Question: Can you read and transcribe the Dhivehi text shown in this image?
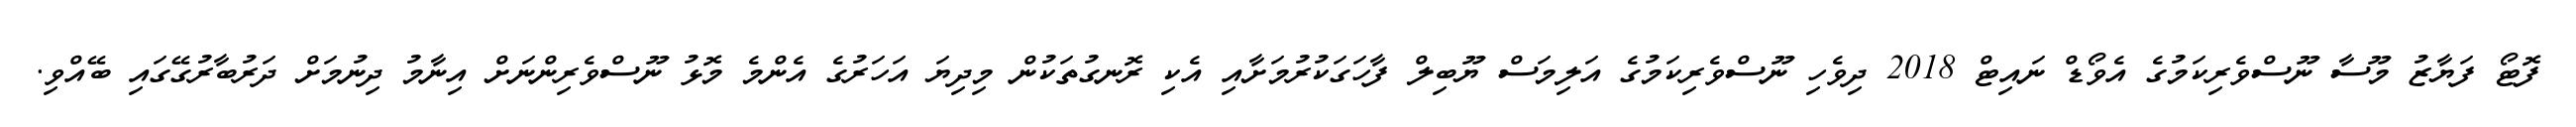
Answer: ފޮޓޯ ފަޔާޒު މޫސާ ނޫސްވެރިކަމުގެ އެވޯޑް ނައިޓް 2018 ދިވެހި ނޫސްވެރިކަމުގެ އަލިމަސް ޔޫބިލް ފާހަގަކުރުމަށާއި އެކި ރޮނގުތަކުން މިދިޔަ އަހަރުގެ އެންމެ މޮޅު ނޫސްވެރިންނަށް އިނާމު ދިނުމަށް ދަރުބާރުގޭގައި ބޭއްވި.